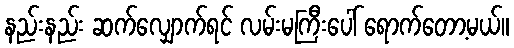
နည်းနည်း ဆက်လျှောက်ရင် လမ်းမကြီးပေါ် ရောက်တော့မယ်။